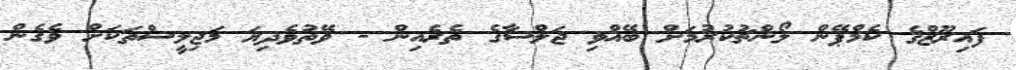
ފައިރޫޒްގެ ކެމްޕޭން ލޯންޗުކުރުމަށް ބޭއްވި ޖަލްސާގެ ތެރެއިން - ވޭތުވެދިޔަ މަޖިލީސްތަކަށް ވެގެން